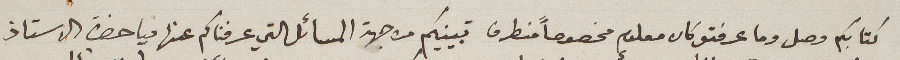
كتابكم وصل وما عرفتو كان معلوم مخصوصاً من طرف تبينيكم من جهة المسائل التي عرفناكم عنها فيا حضرة الاستاذ